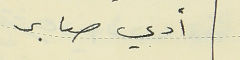
أدي صابر